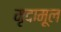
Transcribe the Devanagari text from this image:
मृदामूल